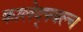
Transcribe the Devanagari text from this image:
कालेद्फ्वल्च